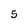
Character: 5